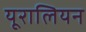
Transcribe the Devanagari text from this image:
यूरालियन